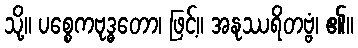
သို့။ ပစ္စေကဗုဒ္ဓတော၊ ဖြင့်။ အနုဿရိတဗ္ဗံ၊ ၏။